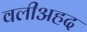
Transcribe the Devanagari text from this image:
वलीअहद